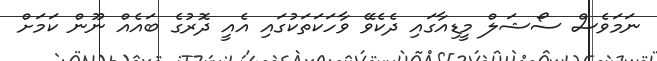
ނަމަވެސް ސޯޝަލް މީޑިއާގައި ދެކެވޭ ވާހަކަތަކުގައި އެއީ ދޮރުގެ ބައެއް ނޫން ކަމަށް